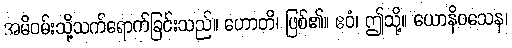
အမိဝမ်းသို့သက်ရောက်ခြင်းသည်။ ဟောတိ၊ ဖြစ်၏။ ဧဝံ၊ ဤသို့။ ယောနိဝသေန၊